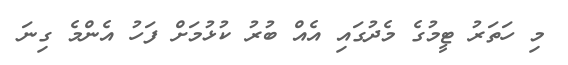
މި ހަތަރު ޓީމުގެ މެދުގައި އެއް ބުރު ކުޅުމަށް ފަހު އެންމެ ގިނަ